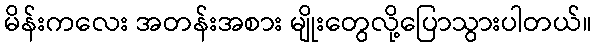
မိန်းကလေး အတန်းအစား မျိုးတွေလို့ပြောသွားပါတယ်။